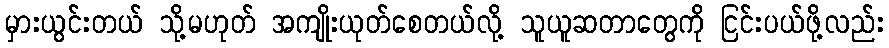
မှားယွင်းတယ် သို့မဟုတ် အကျိုးယုတ်စေတယ်လို့ သူယူဆတာတွေကို ငြင်းပယ်ဖို့လည်း